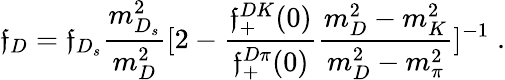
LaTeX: \mathfrak{f}_{D}=\mathfrak{f}_{D_{s}}\frac{{m_{D_{s}}^{2}}}{{m_{D}^{2}}}[2-\frac{{\mathfrak{f}_{+}^{DK}(0)}}{{\mathfrak{f}_{+}^{D\pi}(0)}}\frac{{m_{D}^{2}-m_{K}^{2}}}{{m_{D}^{2}-m_{\pi}^{2}}}]^{-1}\; .